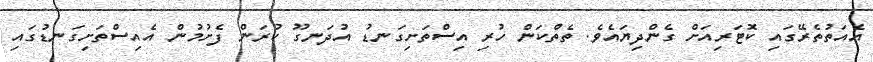
އެއަތުތެރޭގައި ކޮޓަރިއަށް ގެންދިޔައެވެ. ތެތްކަން ހުރި އިސްތަށިގަނޑު އުދަނގޫ ކުރަން ފެށުމުން އެއިސްތަށިގަނޑުގައި